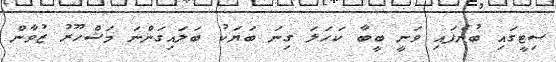
ސިޓީގައި ބުނެފައި ވަނީ ބީބާ ކަހަލަ ގިނަ ބަޔަކު ބަލައިގަންނަ މަޝްހޫރު ޒުވާން